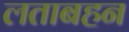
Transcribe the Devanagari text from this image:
लताबहन